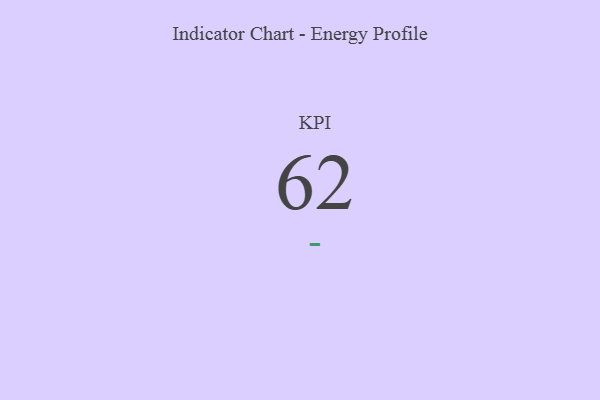
{"axis": {"x": "KPI", "y": "Value"}, "legend": [""], "data": [{"x": "KPI", "y": 62, "type": ""}]}